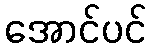
အောင်ပင်